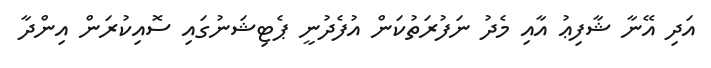
އަދި އޭނާ ޝާފިޢު އާއި މެދު ނަފުރަތުކަން އުފެދުނީ ޕެޓިޝަނުގައި ސޮއިކުރަން އިންދާ